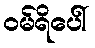
ဝမ်ရိပေါ်